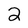
Character: 2